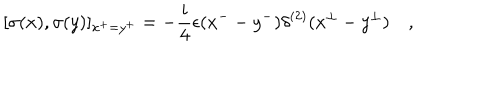
[ \sigma ( x ) , \sigma ( y ) ] _ { x ^ { + } = y ^ { + } } = - \frac { i } { 4 } \epsilon ( x ^ { -- } y ^ { - } ) \delta ^ { ( 2 ) } ( x ^ { \perp } - y ^ { \perp } ) \quad ,